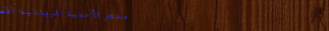
متجر الأحذية الرياضية: أف